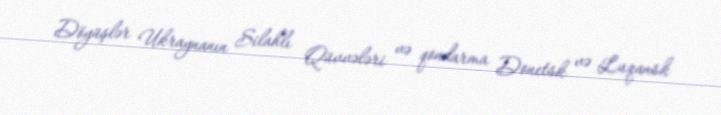
Döyüşlər Ukraynanın Silahlı Qüvvələri və qondarma Donetsk və Luqansk